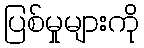
ပြစ်မှုများကို